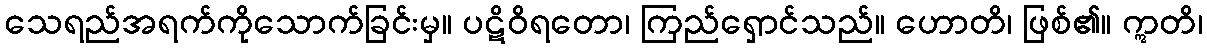
သေရည်အရက်ကိုသောက်ခြင်းမှ။ ပဋိဝိရတော၊ ကြည်ရှောင်သည်။ ဟောတိ၊ ဖြစ်၏။ ဣတိ၊